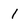
Character: l